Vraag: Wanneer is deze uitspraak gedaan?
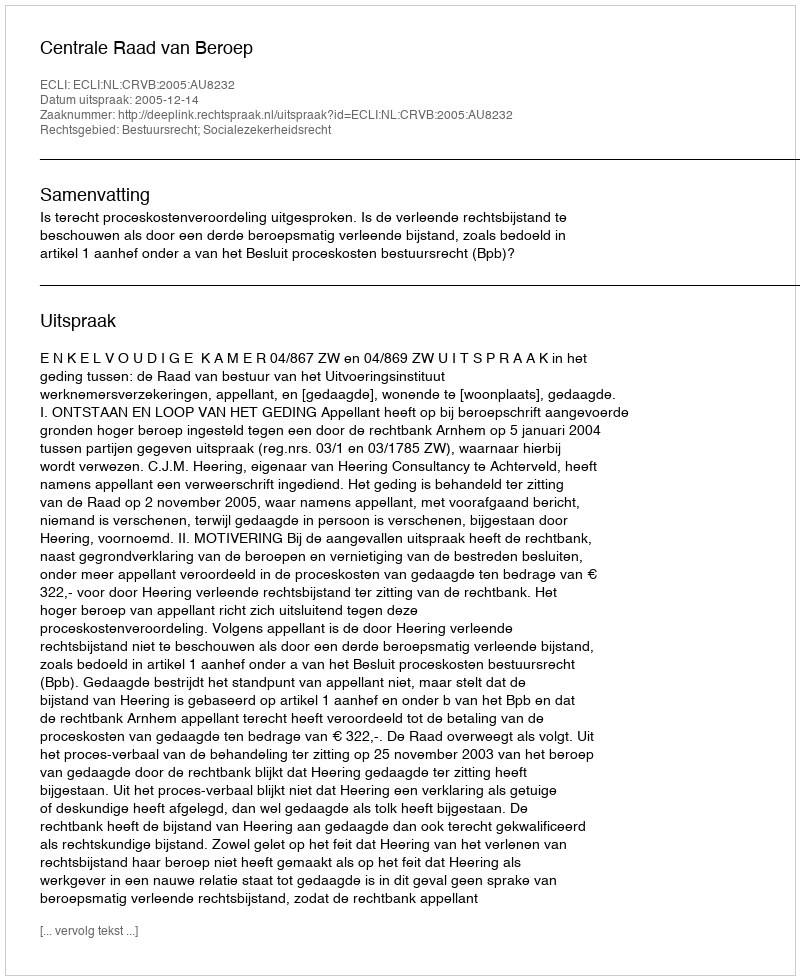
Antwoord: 2005-12-14